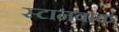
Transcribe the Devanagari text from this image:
स्टानवाक